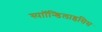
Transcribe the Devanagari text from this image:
स्पाॉन्डिलाइसिस